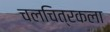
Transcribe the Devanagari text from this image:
चलचित्रकला